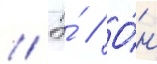
// Э́ // О́н